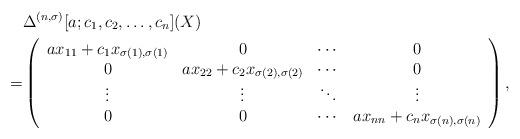
LaTeX: \begin{align*}&\Delta^{(n,\sigma)}[a;c_1,c_{2}, \ldots ,c_n ](X)\\=&\left( \begin{array}{cccc} a x_{11}+c_{1}x_{\sigma(1),\sigma(1)} & 0 & \cdots & 0 \\ 0 & a x_{22}+c_{2} x_{\sigma(2),\sigma(2)} & \cdots & 0 \\ \vdots & \vdots & \ddots & \vdots \\ 0 & 0 & \cdots & a x_{nn}+c_{n} x_{\sigma(n),\sigma(n)} \\ \end{array}\right),\end{align*}